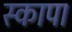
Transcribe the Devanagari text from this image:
स्कापा